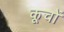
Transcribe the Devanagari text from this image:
कूचों